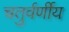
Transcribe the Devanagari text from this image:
चतुर्वर्णीय